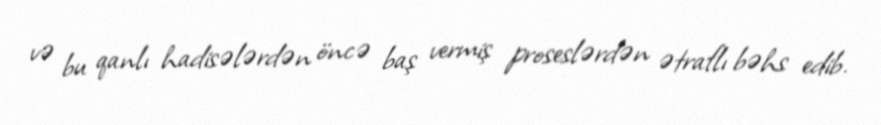
və bu qanlı hadisələrdən öncə baş vermiş proseslərdən ətraflı bəhs edib.